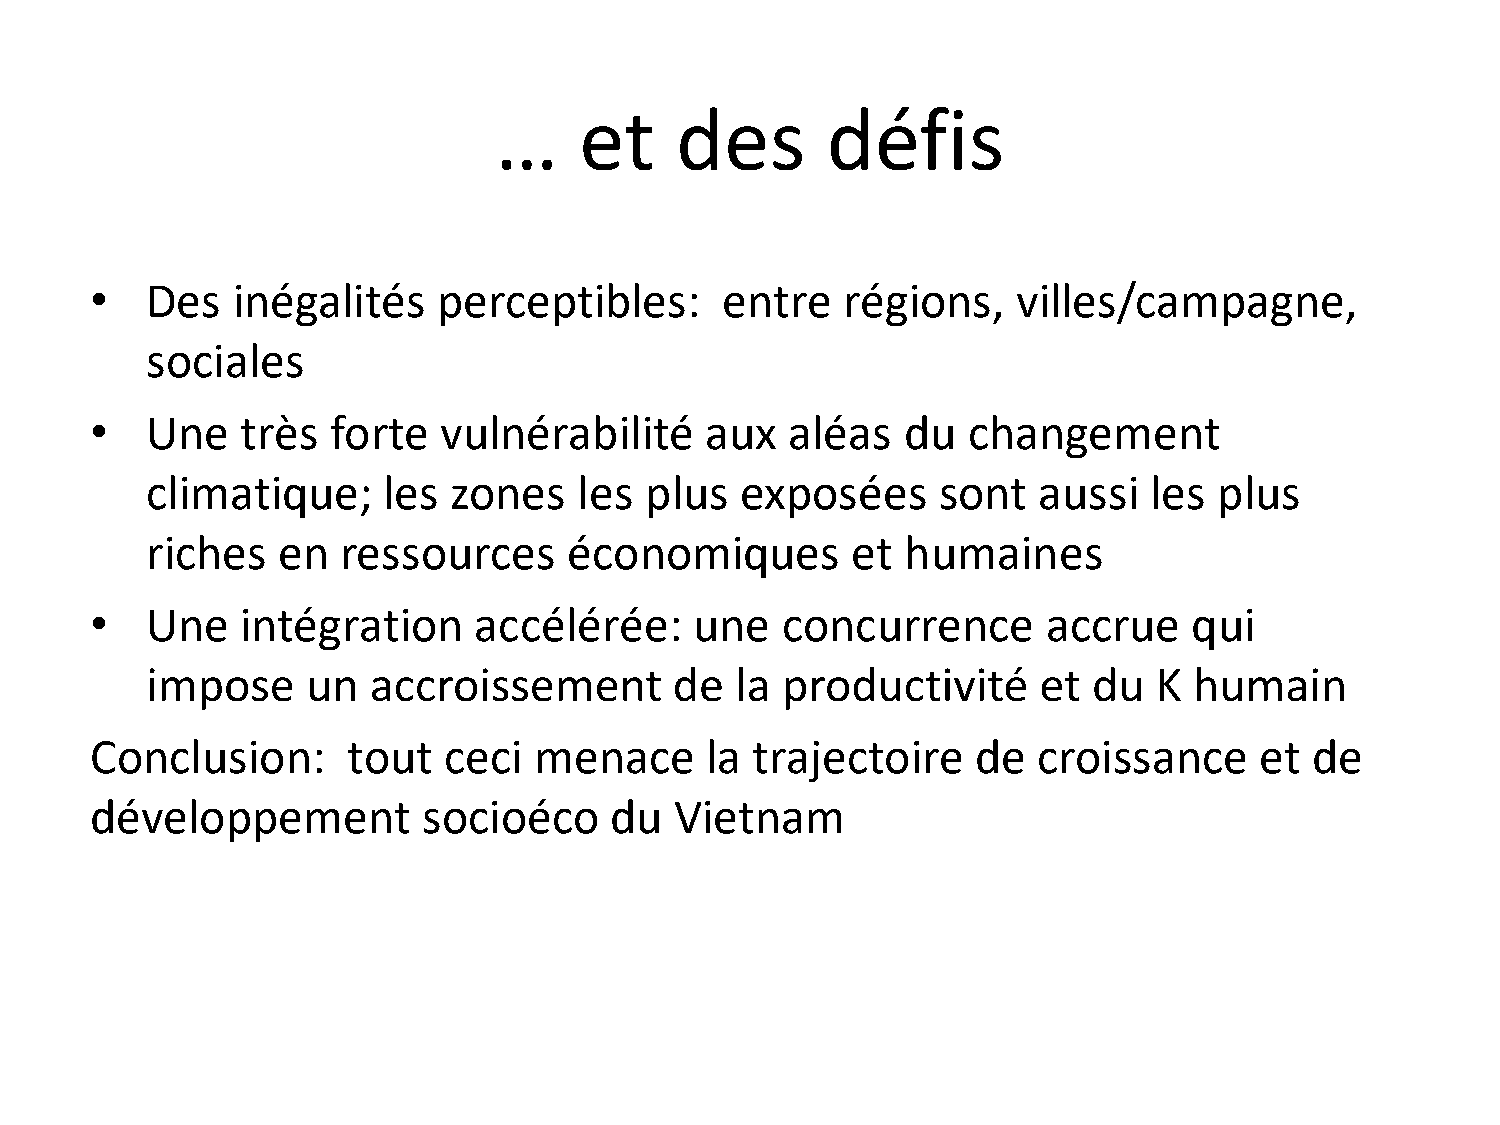
…    et     des       défis
 •   Des  inégalités    perceptibles:      entre   régions,   villes/campagne,
 sociales
 •   Une   très  forte  vulnérabilité     aux  aléas   du  changement
 climatique;    les  zones   les  plus  exposées     sont   aussi  les  plus
 riches  en   ressources     économiques       et  humaines
 •   Une   intégration    accélérée:     une   concurrence      accrue    qui
 impose    un  accroissement        de  la productivité     et du   K humain
 Conclusion:      tout  ceci  menace      la trajectoire    de  croissance    et  de
 développement         socioéco    du   Vietnam